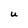
Character: U